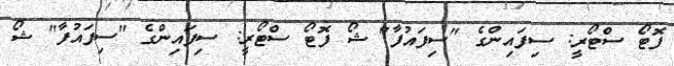
ފޮޓޯ ސްޓޯރީ: ސިފައިންގެ "ސިފައުފާ" ޝޯ ފޮޓޯ ސްޓޯރީ: ސިފައިންގެ "ސިފައުފާ" ޝޯ